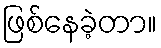
ဖြစ်နေခဲ့တာ။